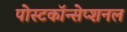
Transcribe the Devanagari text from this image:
पोस्टकॉन्सेप्शनल